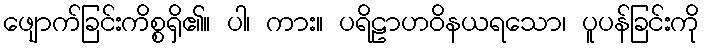
ဖျောက်ခြင်းကိစ္စရှိ၏။ ပါ၊ ကား။ ပရိဠာဟဝိနယရသော၊ ပူပန်ခြင်းကို